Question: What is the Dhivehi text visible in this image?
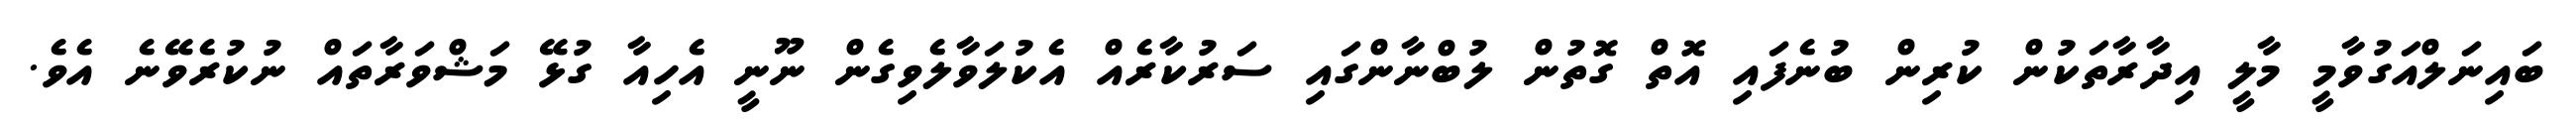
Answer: ބައިނަލްއަގުވާމީ މާލީ އިދާރާތަކުން ކުރިން ބުނެފައި އޮތް ގޮތުން ލުބްނާންގައި ސަރުކާރެއް އެކުލަވާލެވިގެން ނޫނީ އެހިއާ ގުޅޭ މަޝްވަރާތައް ނުކުރެވޭނެ އެވެ.